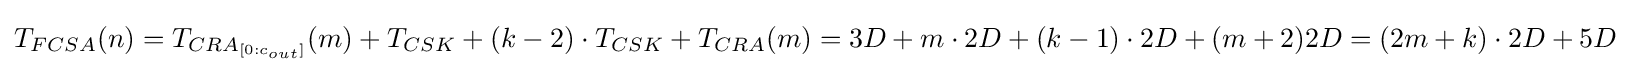
T_{FCSA}(n)=T_{CRA_{[0:c_{out}]}}(m)+T_{CSK}+(k-2)\cdot T_{CSK}+T_{CRA}(m)=3D+m\cdot 2D+(k-1)\cdot 2D+(m+2)2D=(2m+k)\cdot 2D+5D